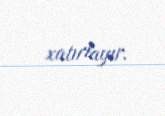
xatırlayır.